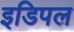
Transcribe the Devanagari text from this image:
इडिपल